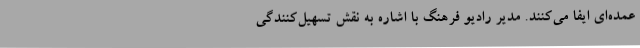
عمده‌ای ایفا می‌کنند. مدیر رادیو فرهنگ با اشاره به نقش تسهیل‌کنندگی